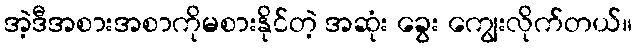
အဲ့ဒီအစားအစာကိုမစားနိုင်တဲ့ အဆုံး ခွေး ကျွေးလိုက်တယ်။